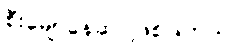
စီးမျောနေဆဲ ဖြစ်ပါတယ်။